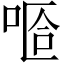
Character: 𠵏